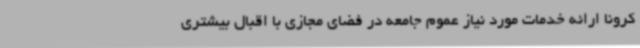
کرونا ارائه خدمات مورد نیاز عموم جامعه در فضای مجازی با اقبال بیشتری